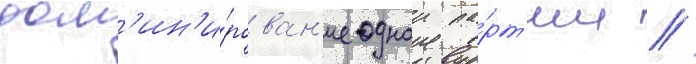
дом'ин'и́рован'ие однои па́рт'ии //